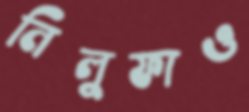
নিলুফাও